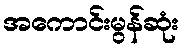
အကောင်းမွန်ဆုံး